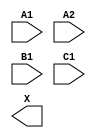
module sky130_fd_sc_ms__a211o (
    //# {{data|Data Signals}}
    input  A1,
    input  A2,
    input  B1,
    input  C1,
    output X
);

    // Voltage supply signals
    supply1 VPWR;
    supply0 VGND;
    supply1 VPB ;
    supply0 VNB ;

endmodule